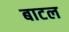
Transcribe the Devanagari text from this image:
बाटल